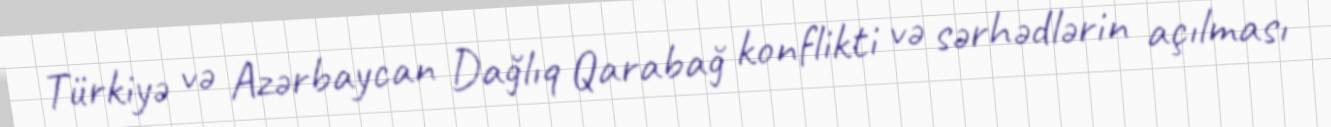
Türkiyə və Azərbaycan Dağlıq Qarabağ konflikti və sərhədlərin açılması